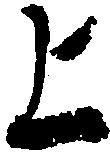
上